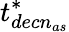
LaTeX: t_{decn_{as}}^{*}